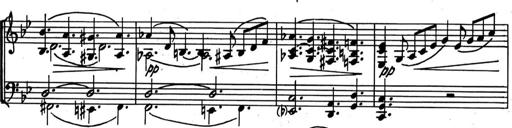
Title: Kleine Sonate
Composer: Raoul Koczalski
Key: C major